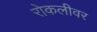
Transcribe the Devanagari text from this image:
रोकलीवर